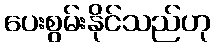
ပေးစွမ်းနိုင်သည်ဟု